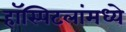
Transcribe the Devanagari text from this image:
हॉस्पिटलांमध्ये